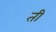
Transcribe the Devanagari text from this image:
ती